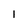
Character: 1